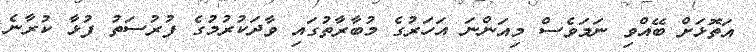
އަތޮޅަށް ބޭއްވި ނަމަވެސް މިއަންނަ އަހަރުގެ މުބާރާތުގައި ވާދަކުރުމުގެ ފުރުސަތު ފުޅާ ކުރާނެ